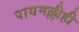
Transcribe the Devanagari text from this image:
पायमल्लीही